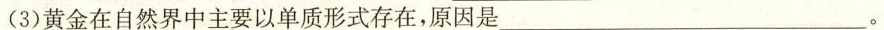
(3)黄金在自然界中主要以单质形式存在，原因是___ 。